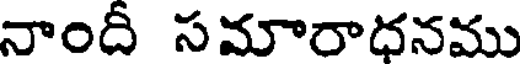
నాందీ సమారాధనము